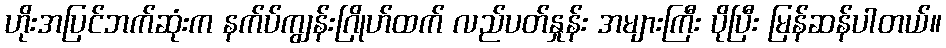
ဟိုးအပြင်ဘက်ဆုံးက နက်ပ်ကျွန်းဂြိုဟ်ထက် လည်ပတ်နှုန်း အများကြီး ပိုပြီး မြန်ဆန်ပါတယ်။